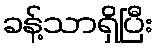
ခန့်သာရှိပြီး